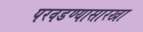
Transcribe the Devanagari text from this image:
परवडण्यासारखा